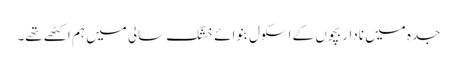
جدہ میں نادار بچوں کے اسکول بنوائے خشک سالی میں ہم اکٹھے تھے۔